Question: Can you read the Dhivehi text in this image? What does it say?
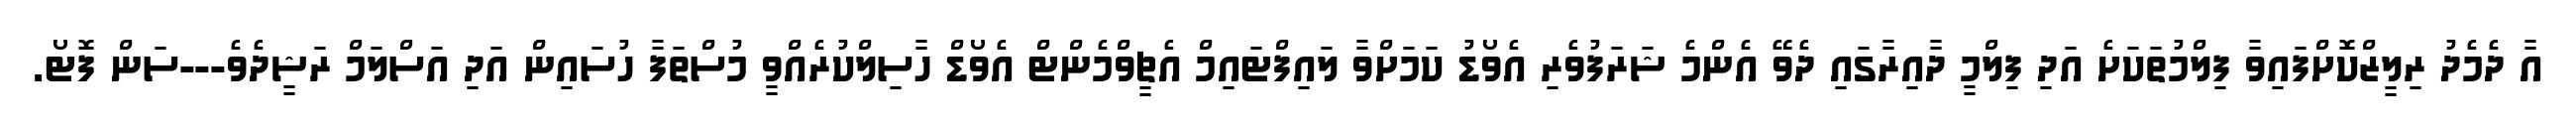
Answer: އާ ދެމެދު ރިލީޒްކޮށްފައިވާ ފިލްމުތަކަށެ އަދި ފިލްމީ ދާއިރާގައި ދެވޭ އެންމެ ޝަރަފުވެރި އެވޯޑު ކަމަށްވާ ލައިފްޓައިމް އެޗީވްމެންޓް އެވޯޑް ހާސިލްކުރެއްވީ މުސްތަފާ ހުސައިން އަދި އަސްލަމް ރަޝީދެވެ---ސަން ފޮޓޯ.